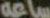
ساعة